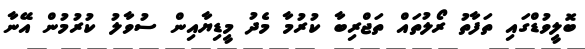
ބޮލީވުޑްގައި ތަފާތު ރޯލުތައް ތަޖްރިބާ ކުރުމާ މެދު މީޑިޔާއިން ސުވާލު ކުރުމުން އޭނާ